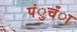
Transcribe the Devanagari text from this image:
पंुचँा